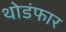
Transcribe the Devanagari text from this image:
थोडंफार